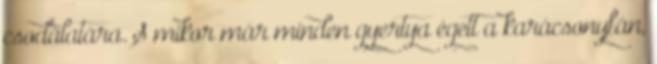
csodálatára. S mikor már minden gyertya égett a karácsonyfán,